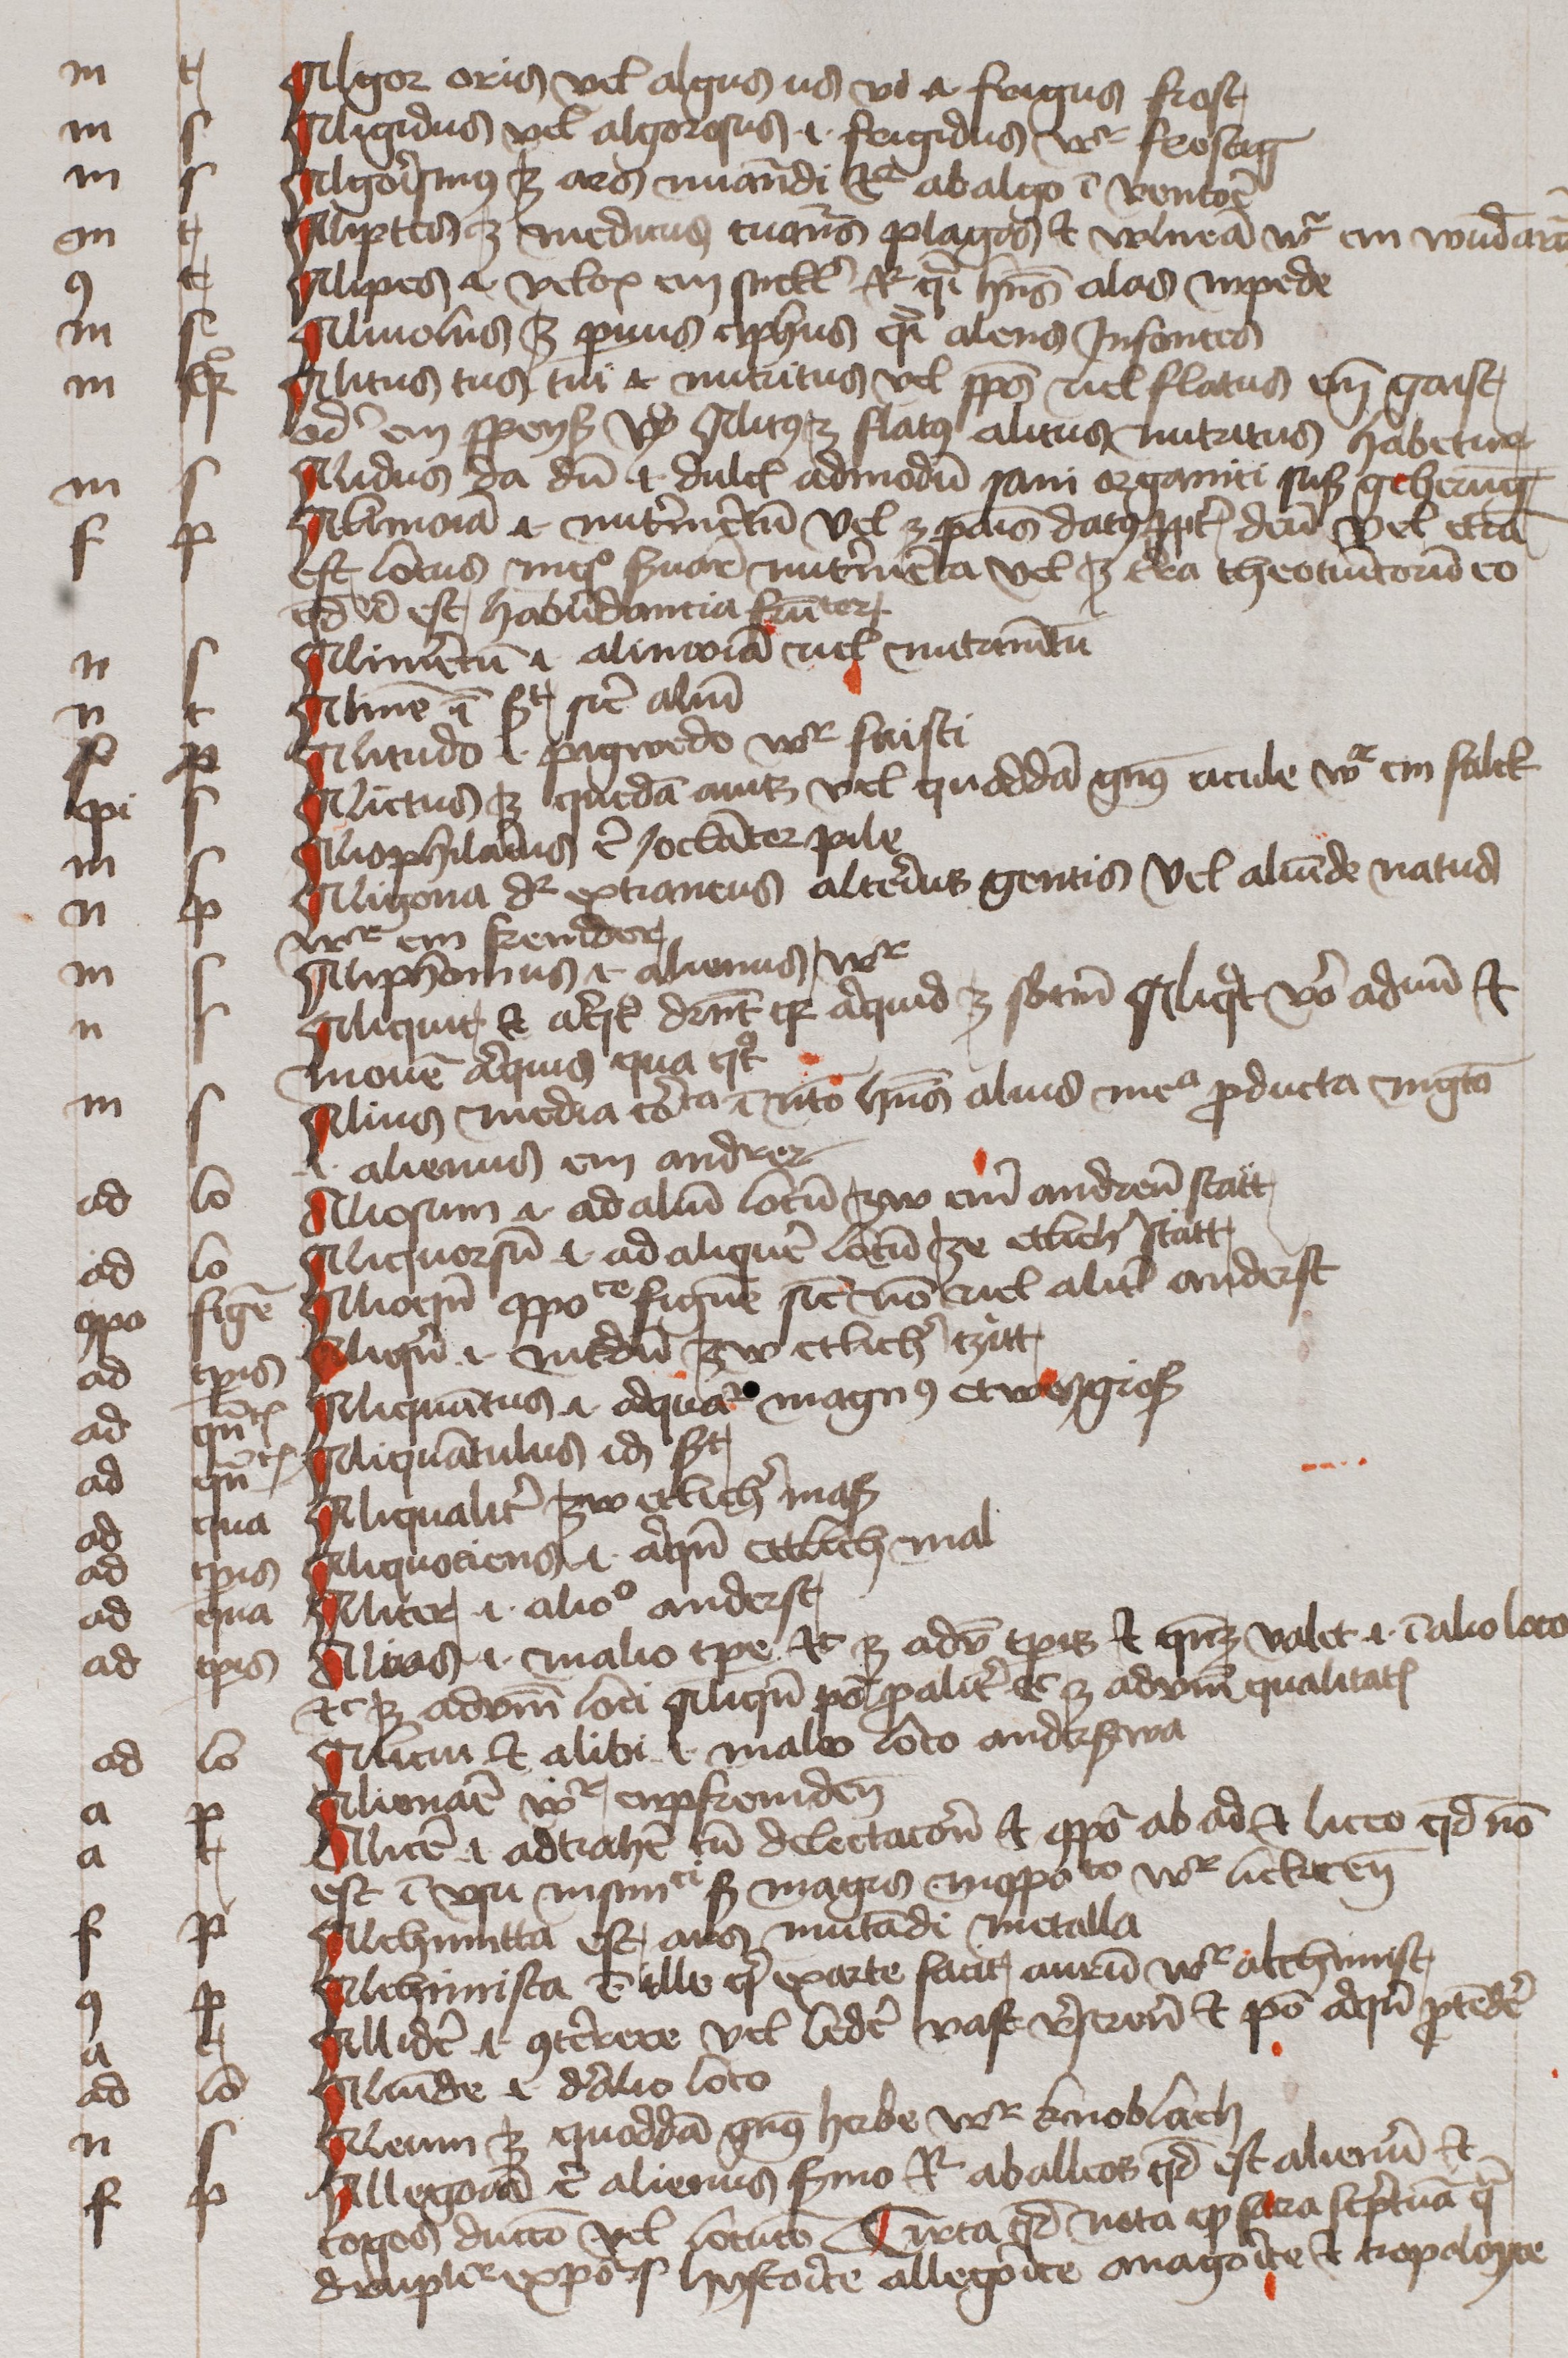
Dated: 1450–1474